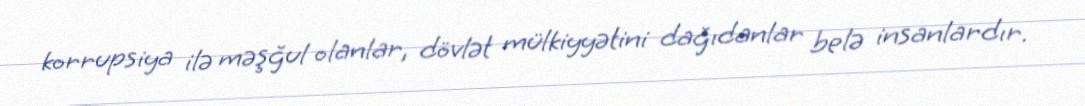
korrupsiya ilə məşğul olanlar, dövlət mülkiyyətini dağıdanlar belə insanlardır.